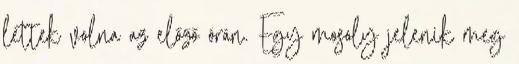
lettek volna az előző órán. Egy mosoly jelenik meg